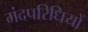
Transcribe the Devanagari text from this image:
मंदपरिधियों